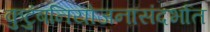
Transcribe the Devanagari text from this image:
कुटुंबनियोजनासंदर्भात